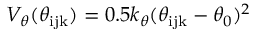
V _ { \theta } ( \theta _ { \mathrm { i j k } } ) = 0 . 5 k _ { \theta } ( \theta _ { \mathrm { i j k } } - \theta _ { 0 } ) ^ { 2 }